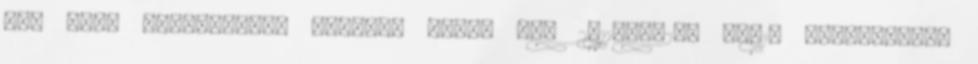
nem volt lehetőségem értékes művet ki. 2011.04.28. 08:13 Eredmények,